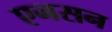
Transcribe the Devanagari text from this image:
एनसन